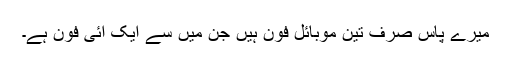
میرے پاس صرف تین موبائل فون ہیں جن میں سے ایک آئی فون ہے۔